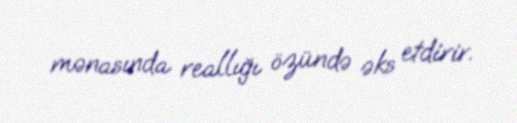
mənasında reallığı özündə əks etdirir.